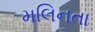
મલિનતા